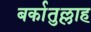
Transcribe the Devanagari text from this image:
बर्कातुल्लाह